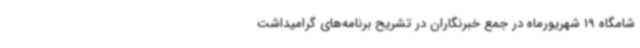
شامگاه 19 شهریورماه در جمع خبرنگاران در تشریح برنامه‌های گرامیداشت